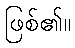
ဖြစ်၏။